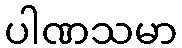
ပါဏသမာ